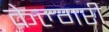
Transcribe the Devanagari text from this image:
केल्गरी